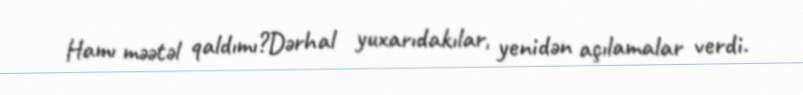
Hamı məətəl qaldımı?Dərhal yuxarıdakılar, yenidən açılamalar verdi.